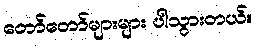
တော်တော်များများ ပါသွားတယ်။